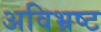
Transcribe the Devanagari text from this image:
अविभ्रष्ट